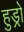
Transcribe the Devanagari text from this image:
हुड्रो